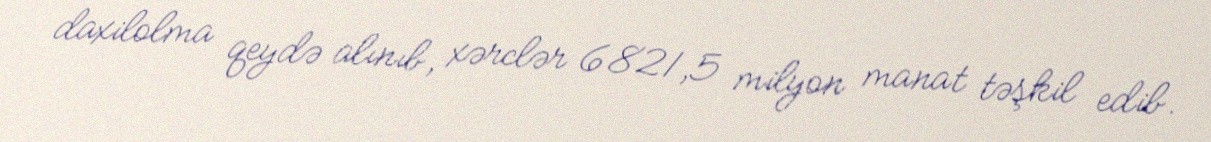
daxilolma qeydə alınıb, xərclər 6821,5 milyon manat təşkil edib.